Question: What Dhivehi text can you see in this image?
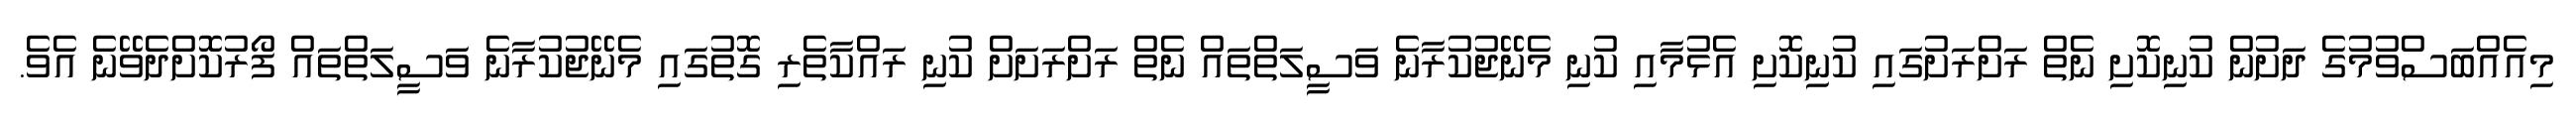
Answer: މިއެއްބަސްވުމުގެ ދަށުން ކުނިކޮށި ނެތް ރަށްރަށުގައި ކުނިކޮށި އެޅުމާއި ކުނި މެނޭޖުކުރާނެ ވަސީލަތްތައް ނެތް ރަށްރަށަށް ކުނި ރައްކާތެރި ގޮތުގައި މެނޭޖުކުރާނެ ވަސީލަތްތައް ފޯރުކޮށްދެވޭނެ އެވެ.